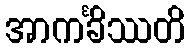
အာကင်္ခိဿတိ